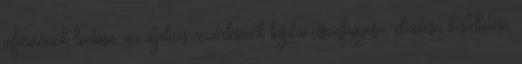
információk bontása, az átjelzés vezérlésének logikai összefüggései, idõzítése, késleltetése.